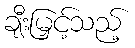
ချီးမြှင့်သည့်